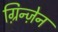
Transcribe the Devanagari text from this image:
ग़्रिन्ज़ेन